Civil Veterinary Department Bengal reports 1923-33 - 1923-1933
Year: 1923
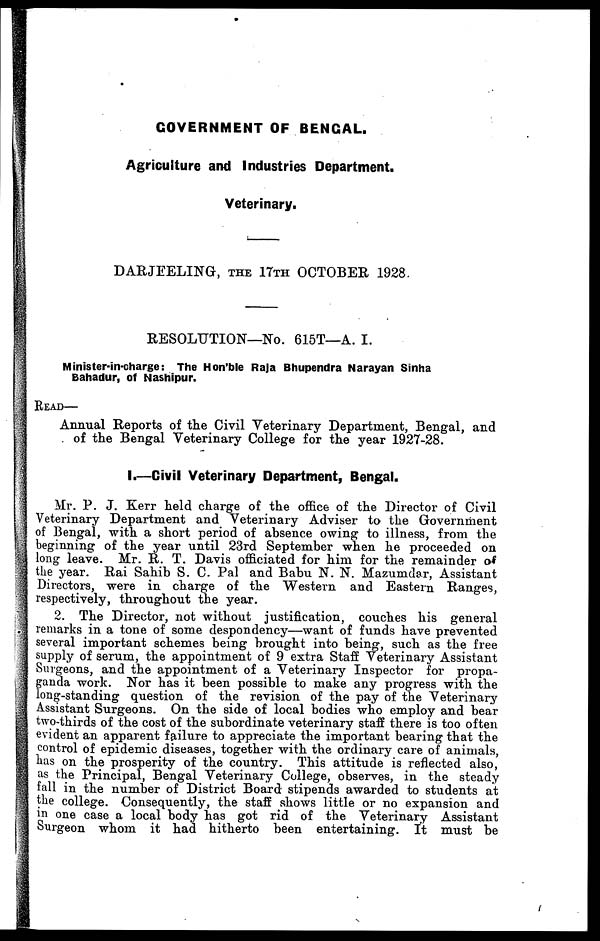
GOVERNMENT OF BENGAL.
Agriculture and Industries Department.
Veterinary.
DARJEELING, the 17th OCTOBER 1928.
RESOLUTION—No. 615T—A. I.
Minister-in-charge: The Hon'ble Raja Bhupendra Narayan Sinha
Bahadur, of Nashipur.
Read—
Annual Reports of the Civil Veterinary Department, Bengal, and
of the Bengal Veterinary College for the year 1927-28.
I.—Civil Veterinary Department, Bengal.
Mr. P. J. Kerr held charge of the office of the Director of Civil
Veterinary Department and Veterinary Adviser to the Government
of Bengal, with a short period of absence owing to illness, from the
beginning of the year until 23rd September when he proceeded on
long leave. Mr. R. T. Davis officiated for him for the remainder of
the year. Rai Sahib S. C. Pal and Babu N. N. Mazumdar, Assistant
Directors, were in charge of the Western and Eastern Ranges,
respectively, throughout the year.
2. The Director, not without justification, couches his general
remarks in a tone of some despondency—want of funds have prevented
several important schemes being brought into being, such as the free
supply of serum, the appointment of 9 extra Staff Veterinary Assistant
Surgeons, and the appointment of a Veterinary Inspector for propa-
ganda work. Nor has it been possible to make any progress with the
long-standing question of the revision of the pay of the Veterinary
Assistant Surgeons. On the side of local bodies who employ and bear
two-thirds of the cost of the subordinate veterinary staff there is too often
evident an apparent failure to appreciate the important bearing that the
control of epidemic diseases, together with the ordinary care of animals,
has on the prosperity of the country. This attitude is reflected also,
as the Principal, Bengal Veterinary College, observes, in the steady
fall in the number of District Board stipends awarded to students at
the college. Consequently, the staff shows little or no expansion and
in one case a local body has got rid of the Veterinary Assistant
Surgeon whom it had hitherto been entertaining. It must be